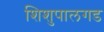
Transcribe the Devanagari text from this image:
शिशुपालगड